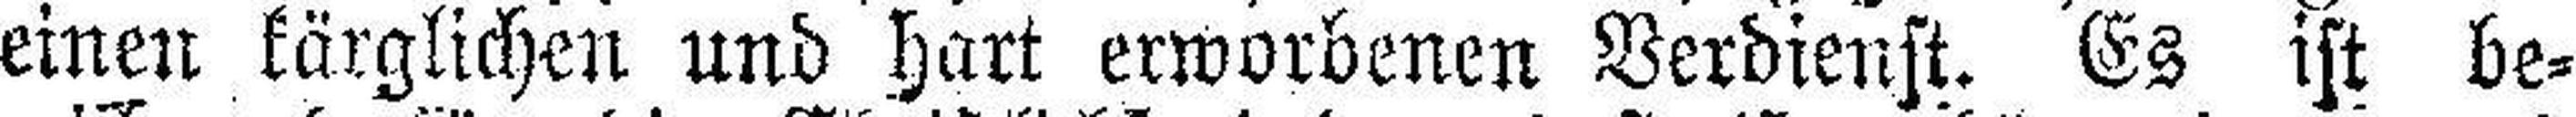
einen kärglichen und hart erworbenen Verdienst. Es ist be¬